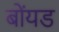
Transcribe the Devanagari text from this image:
बोंयड